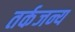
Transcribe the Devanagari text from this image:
तर्कजन्य